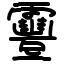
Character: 靊